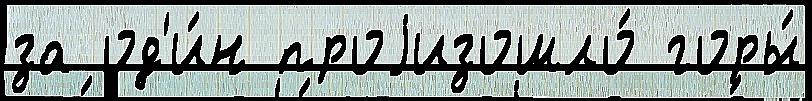
за од'и́н проjизошло́ горы́